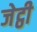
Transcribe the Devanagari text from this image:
जेट्ठी